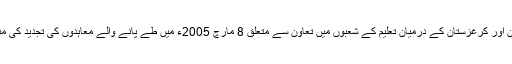
اجلاس میں پاکستان اور کرغزستان کے درمیان تعلیم کے شعبوں میں تعاون سے متعلق 8 مارچ 2005ء میں طے پانے والے معاہدوں کی تجدید کی منظوری دیدی گئی۔